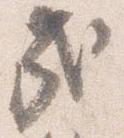
哉